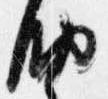
納